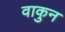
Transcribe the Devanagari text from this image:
वाकुन